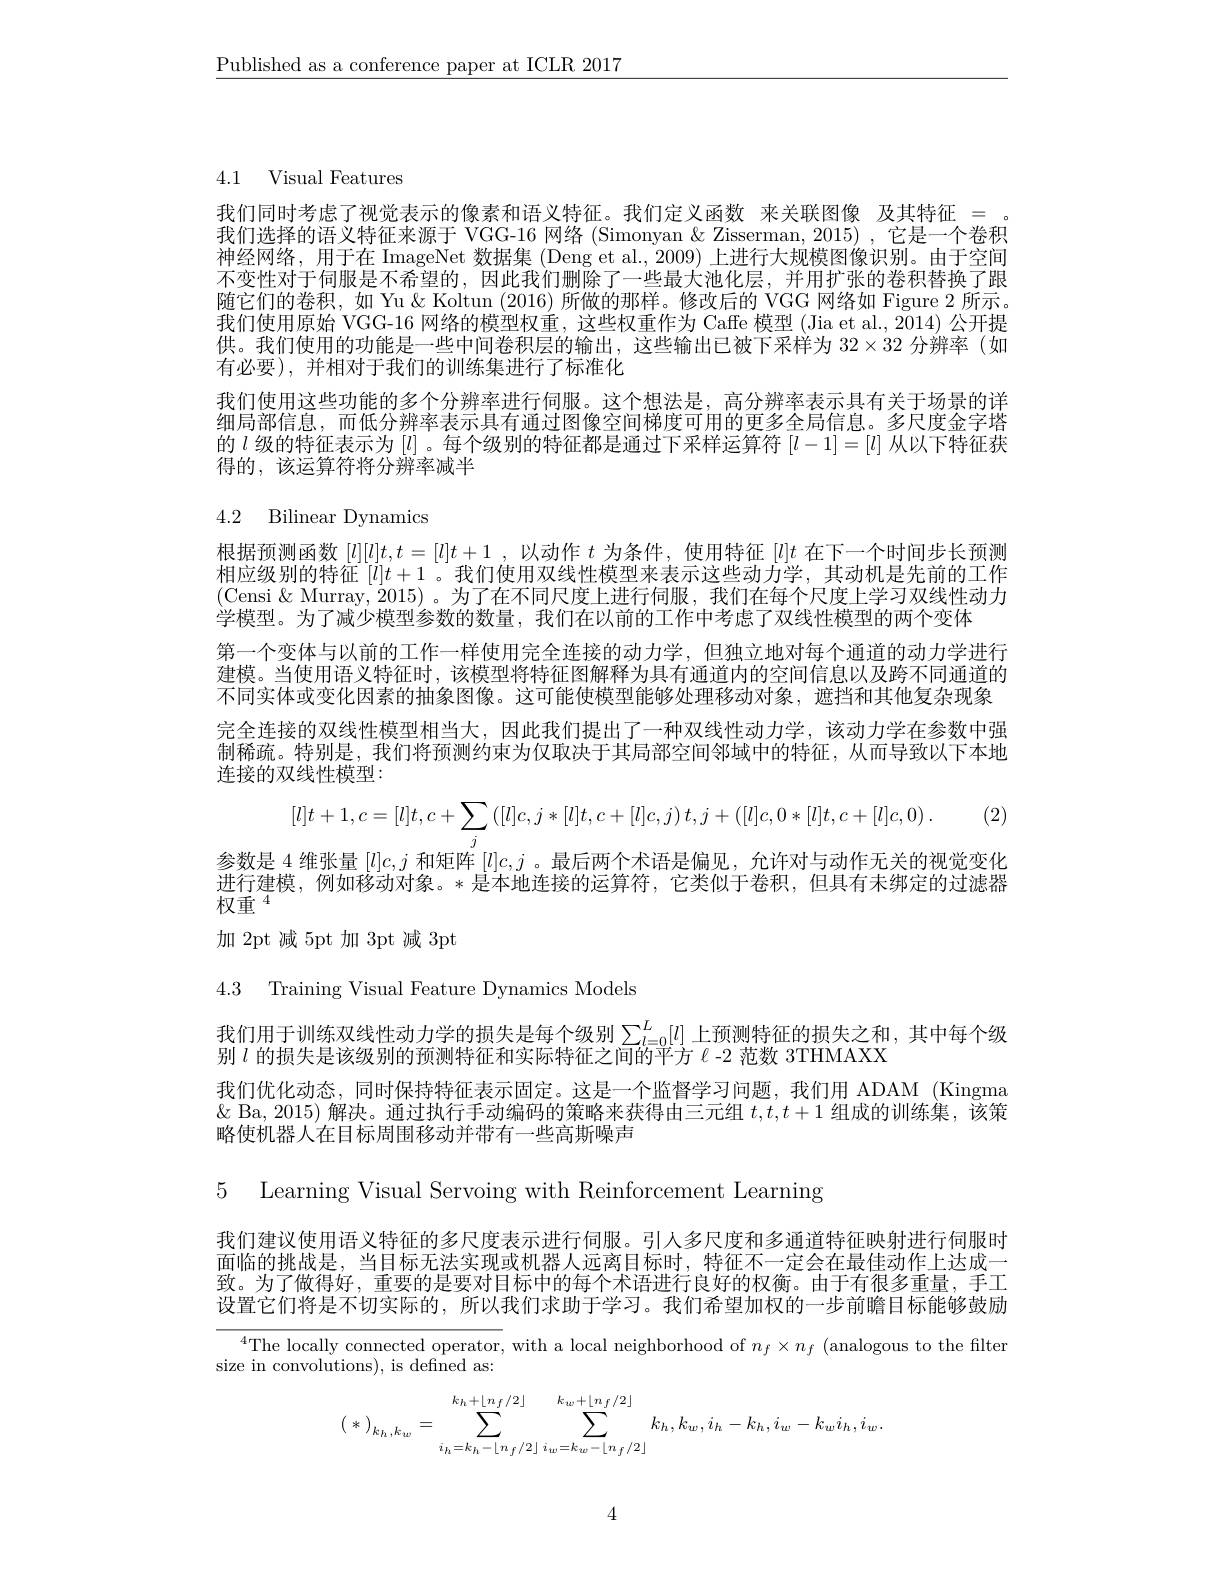
$\underline{\text{Published as a conference paper at ICLR 2017}}$

4.1 Visual Features

我们同时考虑了视觉表示的像素和语义特征。我们定义函数 来关联图像 及其特征= 我们选择的语义特征来源于 VGG-16 网络 (Simonyan & Zisserman, 2015) ,它是一个卷积神经网络，用于在 ImageNet 数据集 (Deng et al., 2009) 上进行大规模图像识别。由于空间不变性对于伺服是不希望的，因此我们删除了一些最大池化层，并用扩张的卷积替换了跟随它们的卷积，如 Yu & Koltun (2016) 所做的那样。修改后的 VGG 网络如 Figure 2 所示。我们使用原始 VGG-16 网络的模型权重，这些权重作为 Caffe 模型 (Jia et al., 2014) 公开提供。我们使用的功能是一些中间卷积层的输出，这些输出已被下采样为$32\times32$分辨率(如有必要),并相对于我们的训练集进行了标准化
我们使用这些功能的多个分辨率进行伺服。这个想法是，高分辨率表示具有关于场景的详细局部信息，而低分辨率表示具有通过图像空间梯度可用的更多全局信息。多尺度金字塔的$l$级的特征表示为$[l]$。每个级别的特征都是通过下采样运算符$[l-1]=[l]$从以下特征获得的，该运算符将分辨率减半

# 4.2 Bilinear Dynamics

根据预测函数$[l][l]t,t=[l]t+1$ ,以动作$t$为条件，使用特征$[l]t$在下一个时间步长预测相应级别的特征$[l]t+1$ 。我们使用双线性模型来表示这些动力学，其动机是先前的工作(Censi & Murray, 2015) 。为了在不同尺度上进行伺服，我们在每个尺度上学习双线性动力学模型。为了减少模型参数的数量，我们在以前的工作中考虑了双线性模型的两个变体
第一个变体与以前的工作一样使用完全连接的动力学，但独立地对每个通道的动力学进行建模。当使用语义特征时，该模型将特征图解释为具有通道内的空间信息以及跨不同通道的不同实体或变化因素的抽象图像。这可能使模型能够处理移动对象，遮挡和其他复杂现象完全连接的双线性模型相当大，因此我们提出了一种双线性动力学，该动力学在参数中强制稀疏。特别是，我们将预测约束为仅取决于其局部空间邻域中的特征，从而导致以下本地连接的双线性模型：
$$[l]t+1,c=[l]t,c+\sum_{j}\left([l]c,j*[l]t,c+[l]c,j\right)t,j+\left([l]c,0*[l]t,c+[l]c,0\right).$$
参数是 4 维张量$[l]c,j$和矩阵$[l]c,j$ 。最后两个术语是偏见，允许对与动作无关的视觉变化进行建模，例如移动对象。*是本地连接的运算符，它类似于卷积，但具有未绑定的过滤器$\bar{\text{权重 }^{4}}$
加2pt 减5pt 加3pt 减 3pt

4.3 Training Visual Feature Dynamics Models

我们用于训练双线性动力学的损失是每个级别$\sum_{l=0}^L[l]$ 上预测特征的损失之和，其中每个级
别$l$的损失是该级别的预测特征和实际特征之间的平方$\ell-2$范数 3THMAXX
我们优化动态，同时保持特征表示固定。这是一个监督学习问题，我们用 ADAM (Kingma $\&$ Ba, 2015) 解决。通过执行手动编码的策略来获得由三元组$t,t,t+1$组成的训练集，该策略使机器人在目标周围移动并带有一些高斯噪声

5 Learning Visual Servoing with Reinforcement Learning

我们建议使用语义特征的多尺度表示进行伺服。引人多尺度和多通道特征映射进行伺服时面临的挑战是，当目标无法实现或机器人远离目标时，特征不一定会在最佳动作上达成一致。为了做得好，重要的是要对目标中的每个术语进行良好的权衡。由于有很多重量，手工设置它们将是不切实际的，所以我们求助于学习。我们希望加权的一步前瞻目标能够鼓励

$^{4}$The locally connected operator, with a local neighborhood of $n_f\times n_f$ (analogous to the filter
size in convolutions), is defined as:
$$(*)_{k_{h},k_{w}}=\sum_{i_{h}=k_{h}-\lfloor n_{f}/2\rfloor}^{k_{h}+\lfloor n_{f}/2\rfloor}\sum_{i_{w}=k_{w}-\lfloor n_{f}/2\rfloor}^{k_{w}+\lfloor n_{f}/2\rfloor}k_{h},k_{w},i_{h}-k_{h},i_{w}-k_{w}i_{h},i_{w}.$$
4